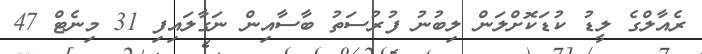
ރެއާލްގެ ލީޑު ކުޑަކޮށްލަން ލިބުނު ފުރުސަތު ބާސާއިން ނަގާލައިފި 31 މިނެޓް 47